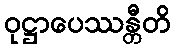
ဝုဋ္ဌာပေဿန္တီတိ